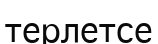
терлетсе